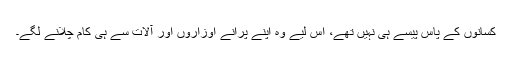
کسانوں کے پاس پیسے ہی نہیں تھے، اس لیے وہ اپنے پرانے اوزاروں اور آلات سے ہی کام چلانے لگے۔